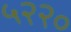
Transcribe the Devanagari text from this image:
५२२०